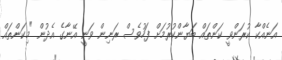
އަނެއްކާ ކުރަންވީ ކަންތައް ބަޔާންކުރުމަށް ފަހުވެސް ރަނިން ވަނީ އޭނާގެ އެދުން "މިކަންތައް